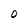
Character: O